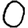
Digit: 0